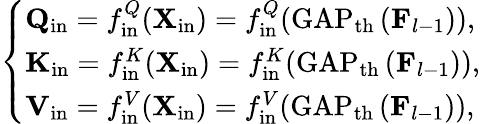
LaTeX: \left\{ \begin{array}{ll}{\mathbf{Q}_{\mathrm{in}}=f_{\mathrm{in}}^{Q}(\mathbf{X}_{\mathrm{in}})=f_{\mathrm{in}}^{Q}(\operatorname{GAP}_{\mathrm{th}}\left(\mathbf{F}_{l-1}\right)),}\\ {\mathbf{K}_{\mathrm{in}}=f_{\mathrm{in}}^{K}(\mathbf{X}_{\mathrm{in}})=f_{\mathrm{in}}^{K}(\operatorname{GAP}_{\mathrm{th}}\left(\mathbf{F}_{l-1}\right)),}\\ {\mathbf{V}_{\mathrm{in}}=f_{\mathrm{in}}^{V}(\mathbf{X}_{\mathrm{in}})=f_{\mathrm{in}}^{V}(\operatorname{GAP}_{\mathrm{th}}\left(\mathbf{F}_{l-1}\right)),}\end{array}\right.